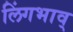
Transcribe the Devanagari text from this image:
लिंगभाव्